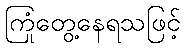
ကြုံတွေ့နေရသဖြင့်